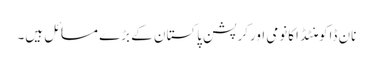
نان ڈاکومنٹڈ اکانومی اورکرپشن پاکستان کے بڑے مسائل ہیں۔